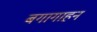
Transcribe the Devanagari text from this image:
बगागाहन